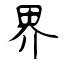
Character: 界